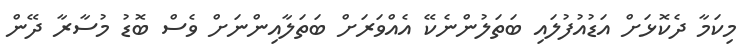
މިކަމާ ދެކޮޅަށް އަޑުއުފުލައި ބަތަލުންނެކޭ އެއްވަރަށް ބަތަލާއިންނަށް ވެސް ބޮޑު މުސާރާ ދޭން